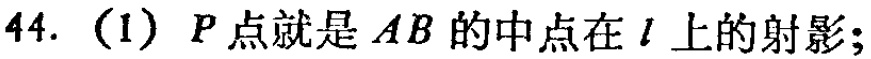
44. (1) \(P\)点就是 \(AB\)的中点在 \(l\)上的射影；